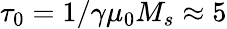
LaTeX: \tau_{0}=1/\gamma\mu_{0}M_{s}\approx 5